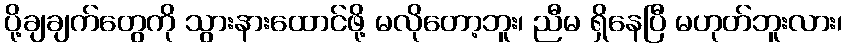
ပို့ချချက်တွေကို သွားနားထောင်ဖို့ မလိုတော့ဘူး၊ ညီမ ရှိနေပြီ မဟုတ်ဘူးလား၊